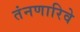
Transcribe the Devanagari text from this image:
तंनणारिवे